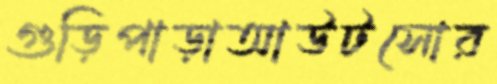
গুড়িপাড়াআউটসোর